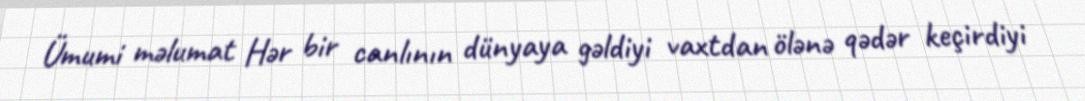
Ümumi məlumat Hər bir canlının dünyaya gəldiyi vaxtdan ölənə qədər keçirdiyi